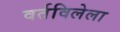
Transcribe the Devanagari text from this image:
वर्तविलेला